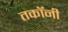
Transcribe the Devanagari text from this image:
तकॉनी